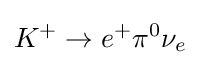
K^{+}\rightarrow e^{+}\pi ^{0}\nu _{e}